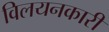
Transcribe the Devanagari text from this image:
विलयनकारी